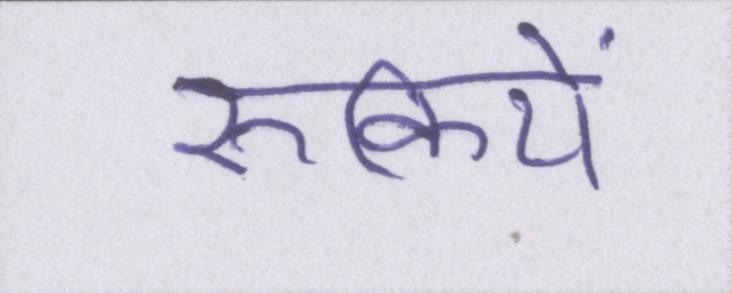
रुकिये